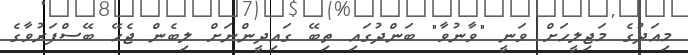
މިއަދުގެ މަޖިލީހަށް ވަނީ "ވާނުވާ" ބަންދުގައި ތިބޭ ގައިދީންނަށް ލިބެން ޖެހޭ ބޭސްފަރުވާގެ